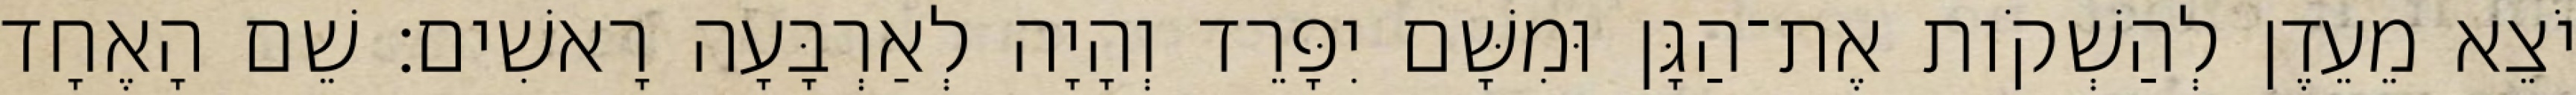
יֹצֵא מֵעֵדֶן לְהַשְׁקֹות אֶת־הַגָּן וּמִשָּׁם יִפָּרֵד וְהָיָה לְאַרְבָּעָה רָאשִׁים׃ שֵׁם הָאֶחָד